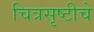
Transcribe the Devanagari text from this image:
चित्रसृष्टीचे